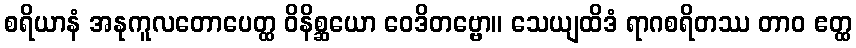
စရိယာနံ အနုကူလတောပေတ္ထ ဝိနိစ္ဆယော ဝေဒိတဗ္ဗော။ သေယျထိဒံ ရာဂစရိတဿ တာဝ ဧတ္ထ